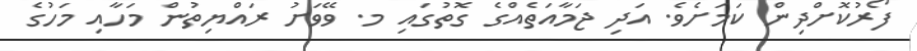
ފޯރުކޮށްދިން ކަމަށެވެ. އަދި ޖަމާއަތެއްގެ ގޮތުގައި މ. ވޭވަށު ރައްޔިތުން މަހާއި މަހުގެ